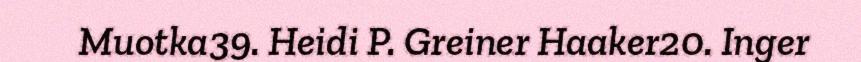
Muotka39. Heidi P. Greiner Haaker20. Inger